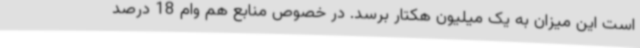
است این میزان به یک میلیون هکتار برسد. در خصوص منابع هم وام 18 درصد